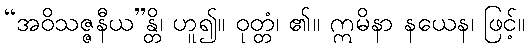
“အဝိသဇ္ဇနီယ”န္တိ၊ ဟူ၍။ ဝုတ္တံ၊ ၏။ ဣမိနာ နယေန၊ ဖြင့်။